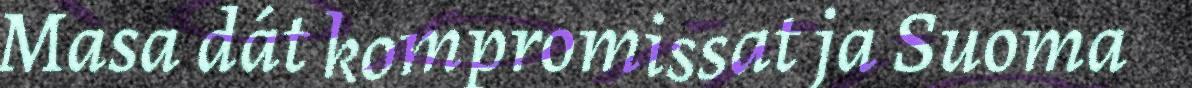
Masa dát kompromissat ja Suoma